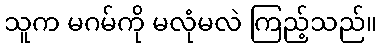
သူက မဂမ်ကို မလုံမလဲ ကြည့်သည်။